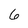
Character: 6